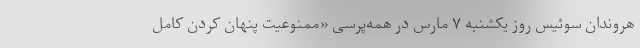
هروندان سوئیس روز یکشنبه ۷ مارس در همه‌پرسی «ممنوعیت پنهان کردن کامل